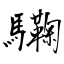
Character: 驧